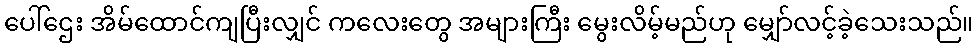
ပေါ်ဌေး အိမ်ထောင်ကျပြီးလျှင် ကလေးတွေ အများကြီး မွေးလိမ့်မည်ဟု မျှော်လင့်ခဲ့သေးသည်။